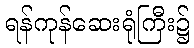
ရန်ကုန်ဆေးရုံကြီး၌